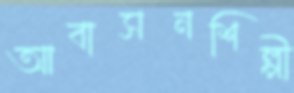
আবাসনশিল্পী